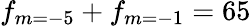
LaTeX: f_{m=-5}+f_{m=-1}=65